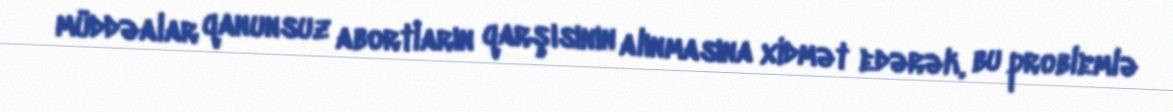
müddəalar qanunsuz abortların qarşısının alınmasına xidmət edərək, bu problemlə